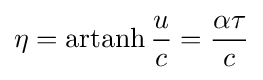
\eta =\operatorname {artanh} {\frac {u}{c}}={\frac {\alpha \tau }{c}}